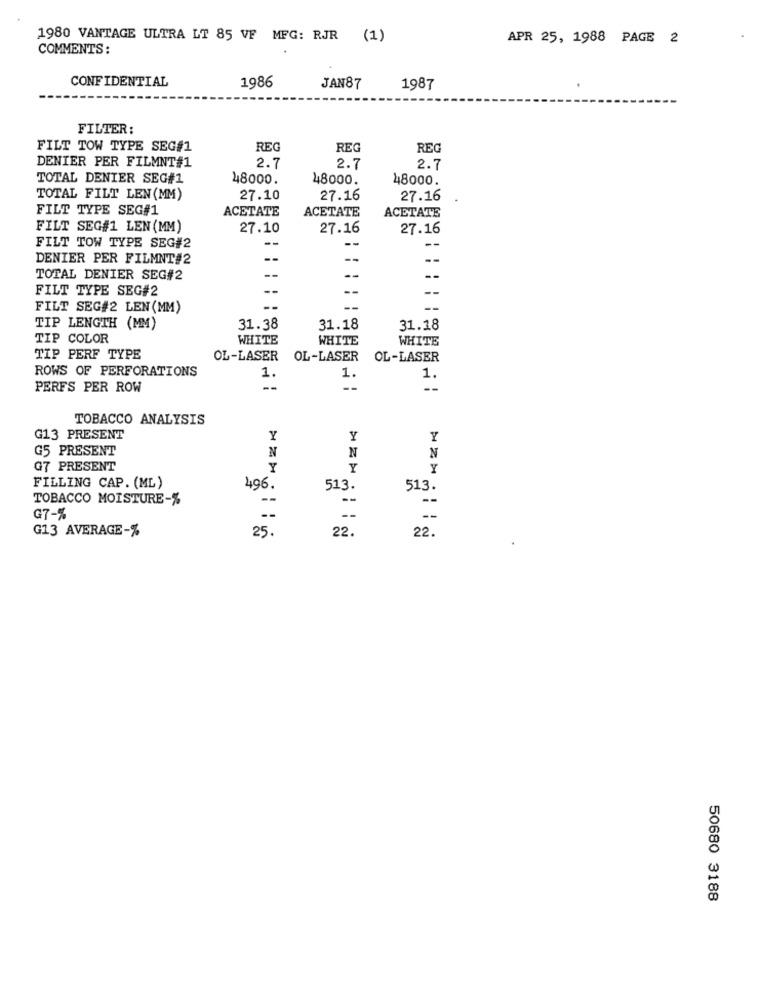
1980 VANTAGE ULTRA LT 85 VF MFG: RJR (1)
APR 25, 1988 PAGE 2
COMMENTS:
CONFIDENTIAL
1986
JAN87
1987
FILTER:
FILT TOW TYPE SEG#1
REC
REG
REG
DENIER PER FILMNT#1
2.7
2.7
2.7
TOTAL DENIER SEG#1
48000.
48000.
48000.
TOTAL FILT LEN (MM)
27.10
27.16
27.16
FILT TYPE SEG#1
ACETATE
ACETATE
ACETATE
FILT SEG#1 LEN (MM)
27.10
27.16
27.16
--
--
FILT TOW TYPE SEG#2
DENIER PER FILMNT#2
--
--
--
TOTAL DENIER SEG#2
--
FILT TYPE SEG#2
--
-
FILT SEG#2 LEN (MM)
--
TIP LENGTH (MM)
31.38
31.18
31.18
TIP COLOR
WHITE
WHITE
WHITE
TIP PERF TYPE
OL-LASER
OL-LASER
OL-LASER
ROWS OF PERFORATIONS
1
1.
1.
PERFS PER ROW
--
TOBACCO ANALYSIS
G13 PRESENT
Y
Y
Y
G5 PRESENT
N
N
N
G7 PRESENT
Y
Y
FILLING CAP. (ML)
496.
513.
513.
TOBACCO MOISTURE-%
--
G7-%
--
G13 AVERAGE-%
25.
22.
22.
50680 3188